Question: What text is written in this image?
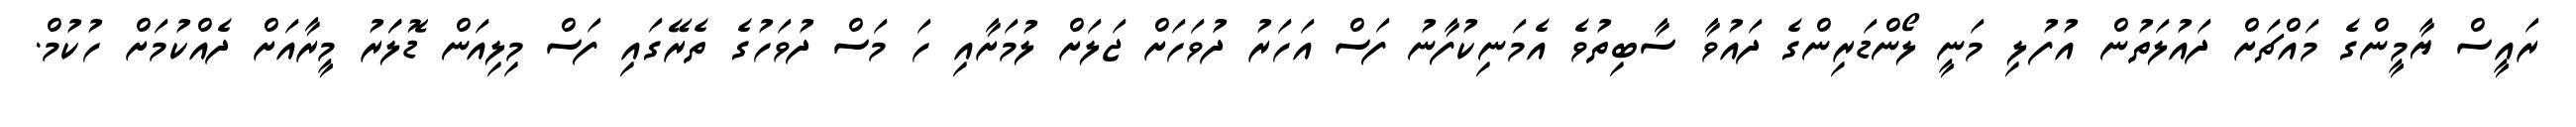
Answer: ރައީސް ޔާމީންގެ މައްޗަށް ދައުލަތުން އުފުލި މަނީ ލޯންޑަރިންގެ ދައުވާ ސާބިތުވެ އެމަނިކުފާނު ފަސް އަހަރު ދުވަހަށް ޖަލަށް ލުމަށާއި ހަ މަސް ދުވަހުގެ ތެރޭގައި ފަސް މިލިއަން ޑޮލަަރު މީރާއަށް ދެއްކުމަށް ހުކުމް.